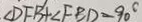
\angle D F B + \angle F B D = 9 0 ^ { \circ }